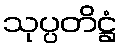
သုပ္ပတိဋ္ဌံ